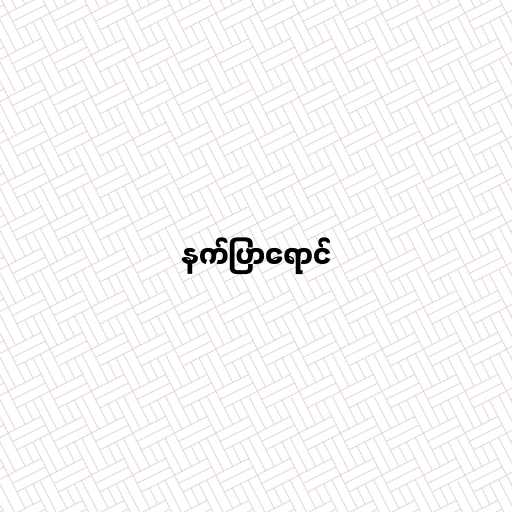
နက်ပြာရောင်